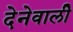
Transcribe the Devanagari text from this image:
देनेवालीे